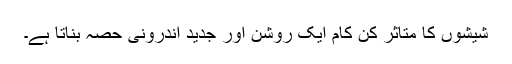
شیشوں کا متاثر کن کام ایک روشن اور جدید اندرونی حصہ بناتا ہے۔